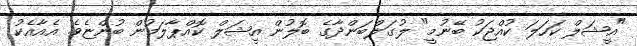
"އީޝަލް ކަހަލަ ކުއްޖަކު ބޭނުމީ" ލުގަލްބަންދާގެ ބޮލުން އީޝަލް ކޮއްޕާލަމުން ބުންޏެވެ. އެއާއެކު